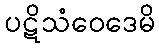
ပဋိသံဝေဒေမိ